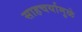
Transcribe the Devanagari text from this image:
साहचर्यामुळे